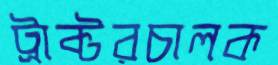
ট্রাক্টরচালক